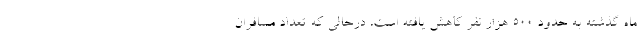
ماه گذشته به حدود ۵۰۰ هزار نفر کاهش یافته است، درحالی که تعداد مسافران